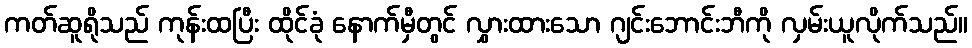
ကတ်ဆူရိုသည် ကုန်းထပြီး ထိုင်ခုံ နောက်မှီတွင် လွှားထားသော ဂျင်းဘောင်းဘီကို လှမ်းယူလိုက်သည်။